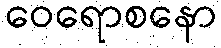
ဝေရောစနော